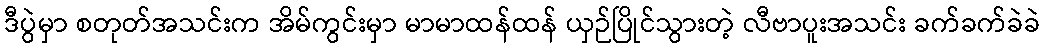
ဒီပွဲမှာ စတုတ်အသင်းက အိမ်ကွင်းမှာ မာမာထန်ထန် ယှဉ်ပြိုင်သွားတဲ့ လီဗာပူးအသင်း ခက်ခက်ခဲခဲ